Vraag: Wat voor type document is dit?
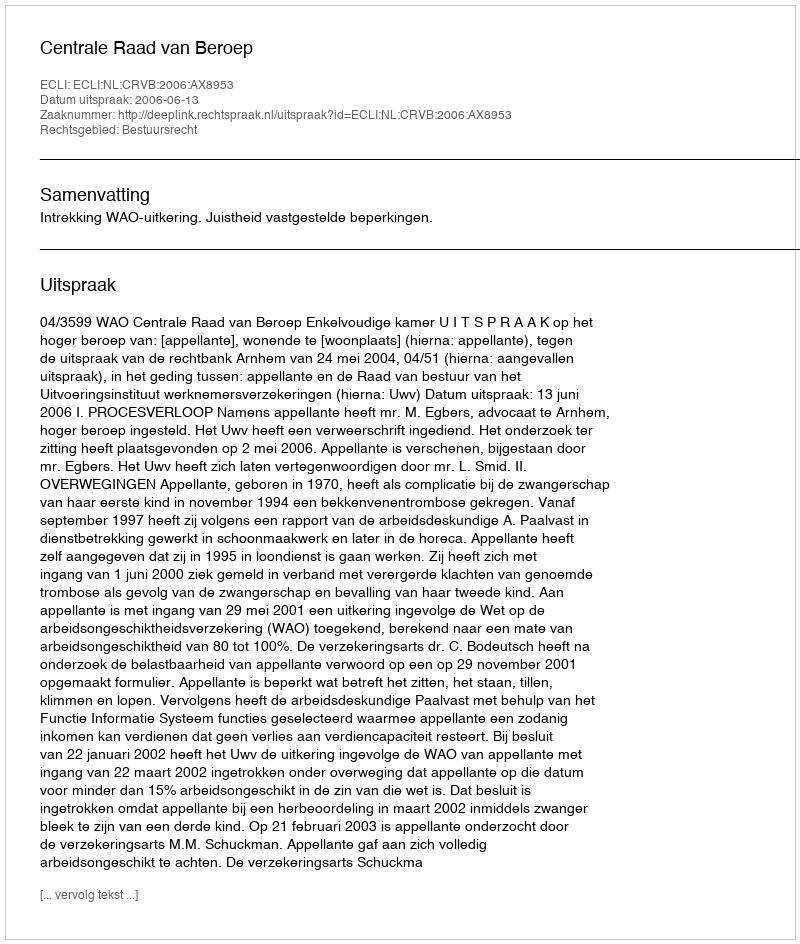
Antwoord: Uitspraak